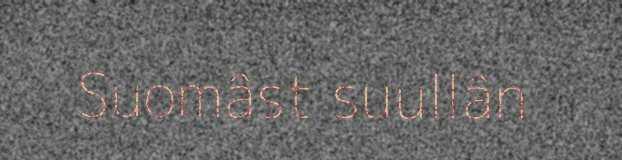
Suomâst suullân